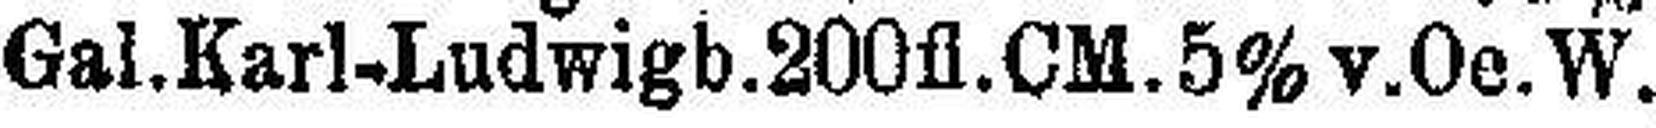
Gal.Karl-Ludwigb.200fl.CM.5% v.Oe.W.